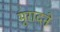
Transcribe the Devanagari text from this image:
मुरादने